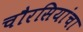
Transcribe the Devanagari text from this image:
चौरसियांचा